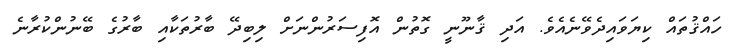
ހައްޤުތައް ކިޔަވައިދެވޭނެއެވެ. އަދި ޤާނޫނީ ގޮތުން އޮފިސަރުންނަށް ލިބިދޭ ބާރުތަކާއި ބާރުގެ ބޭނުންކުރާނެ